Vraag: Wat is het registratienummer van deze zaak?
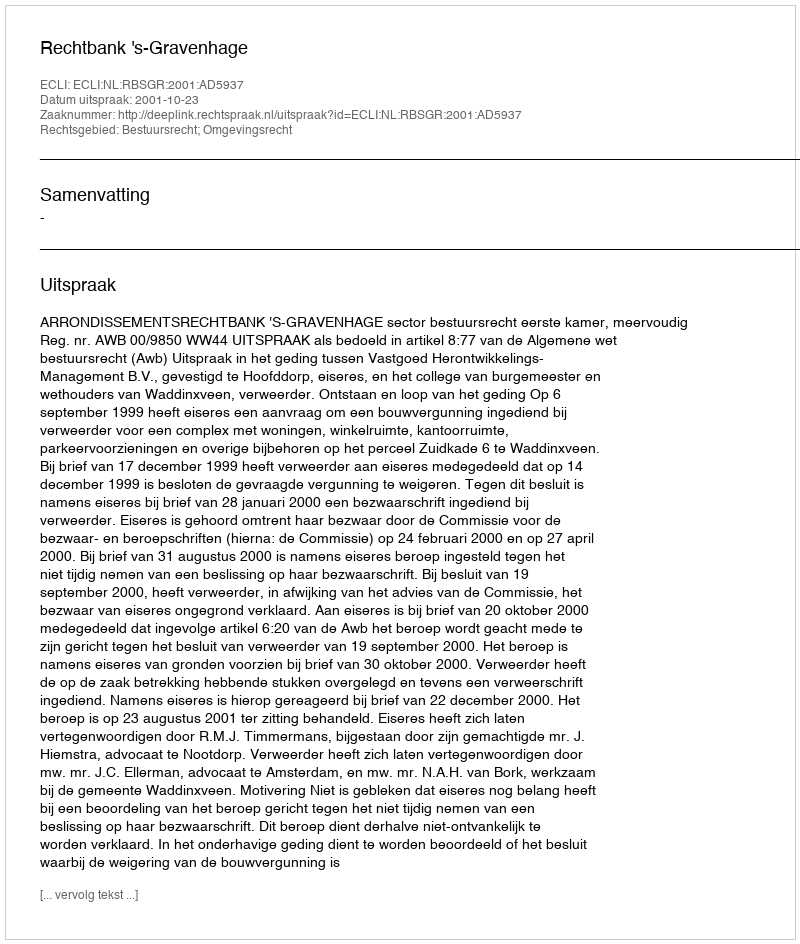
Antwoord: http://deeplink.rechtspraak.nl/uitspraak?id=ECLI:NL:RBSGR:2001:AD5937